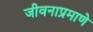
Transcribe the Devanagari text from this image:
जीवनाप्रमाणे